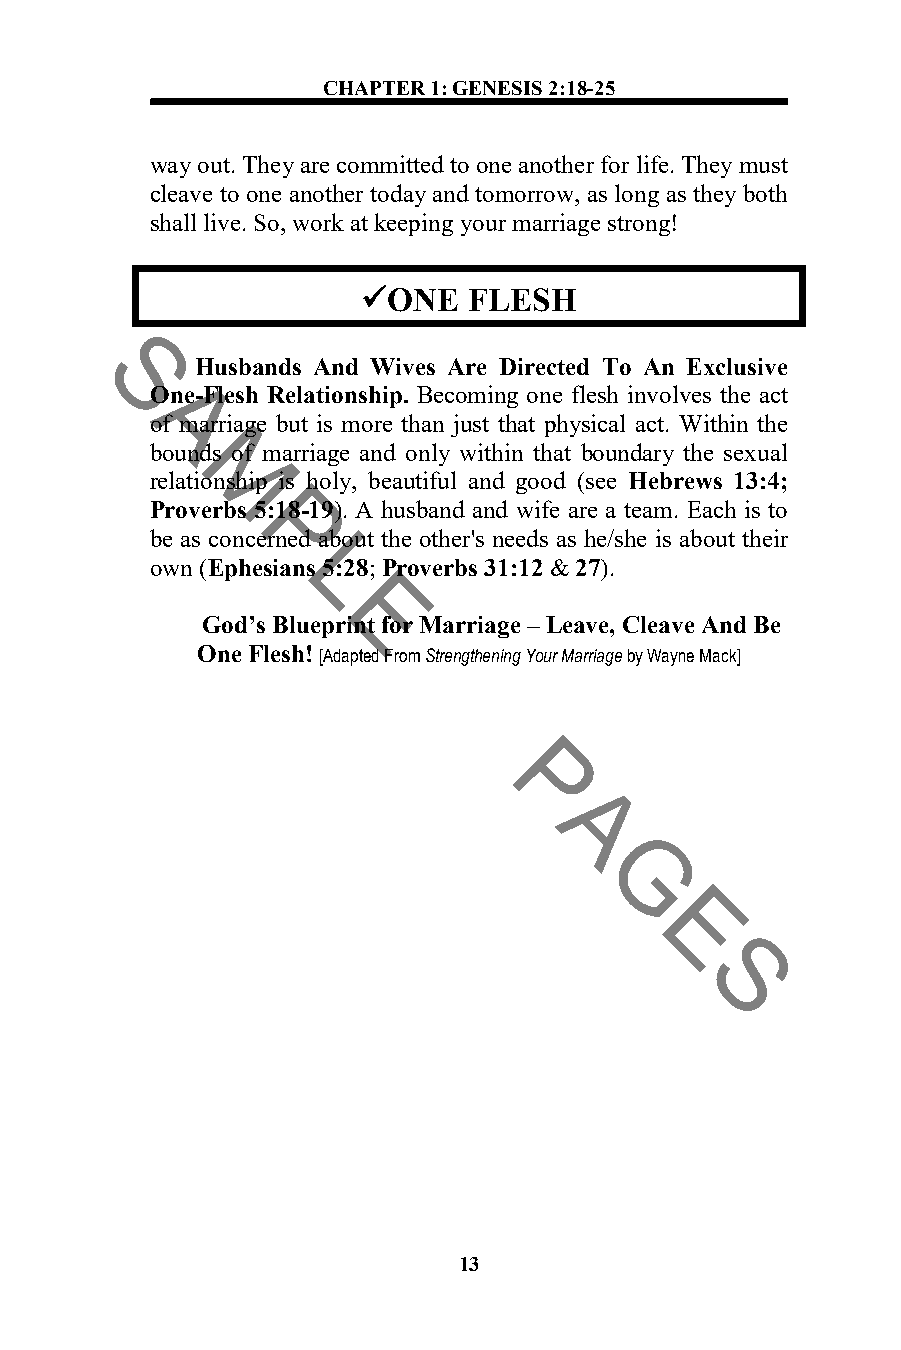
CHAPTER 1: GENESIS 2:18-25
 way out. They are committed to one another for life. They must
 cleave to one another today and tomorrow, as long as they both
 shall live. So, work at keeping your marriage strong!
 ONE   FLESH
 Husbands And Wives Are Directed To An Exclusive
 S
 One-Flesh Relationship. Becoming one flesh involves the act
 Aof marriage but is more than just that physical act. Within the
 bounds of marriage and only within that boundary the sexual
 relaMtionship is holy, beautiful and good (see Hebrews 13:4;
 Proverbs 5:18-19). A husband and wife are a team. Each is to
 P
 be as concerned about the other's needs as he/she is about their
 own (EphesiaLns 5:28; Proverbs 31:12 & 27).
 E
 God’s Blueprint for Marriage – Leave, Cleave And Be
 One Flesh! [Adapted F rom Strengthening Your Marriage by Wayne Mack]
 P
 A
 G
 E
 S
 13